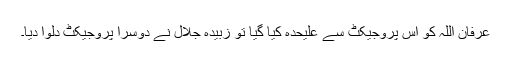
عرفان اللہ کو اس پروجیکٹ سے علیحدہ کیا گیا تو زبیدہ جلال نے دوسرا پروجیکٹ دلوا دیا۔